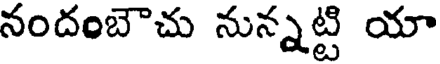
నందంబౌచు నున్నట్టి యా